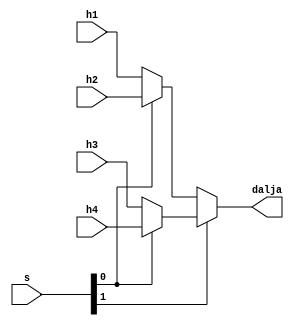
`timescale 1ns / 1ps
//////////////////////////////////////////////////////////////////////////////////
// Company: 
// Engineer: 
// 
// Design Name: 
// Module Name: mux4ne1
// Project Name: 
// Target Devices: 
// Tool Versions: 
// Description: 
// 
// Dependencies: 
// 
// Revision:
// Revision 0.01 - File Created
// Additional Comments:
// 
//////////////////////////////////////////////////////////////////////////////////


module mux4ne1(
input wire h1,
input wire h2,
input wire h3,
input wire h4,
input wire [1:0] s,
output wire dalja
    );
    
assign dalja=s[1]?(s[0]?h4:h3):(s[0]?h2:h1);    
    
endmodule